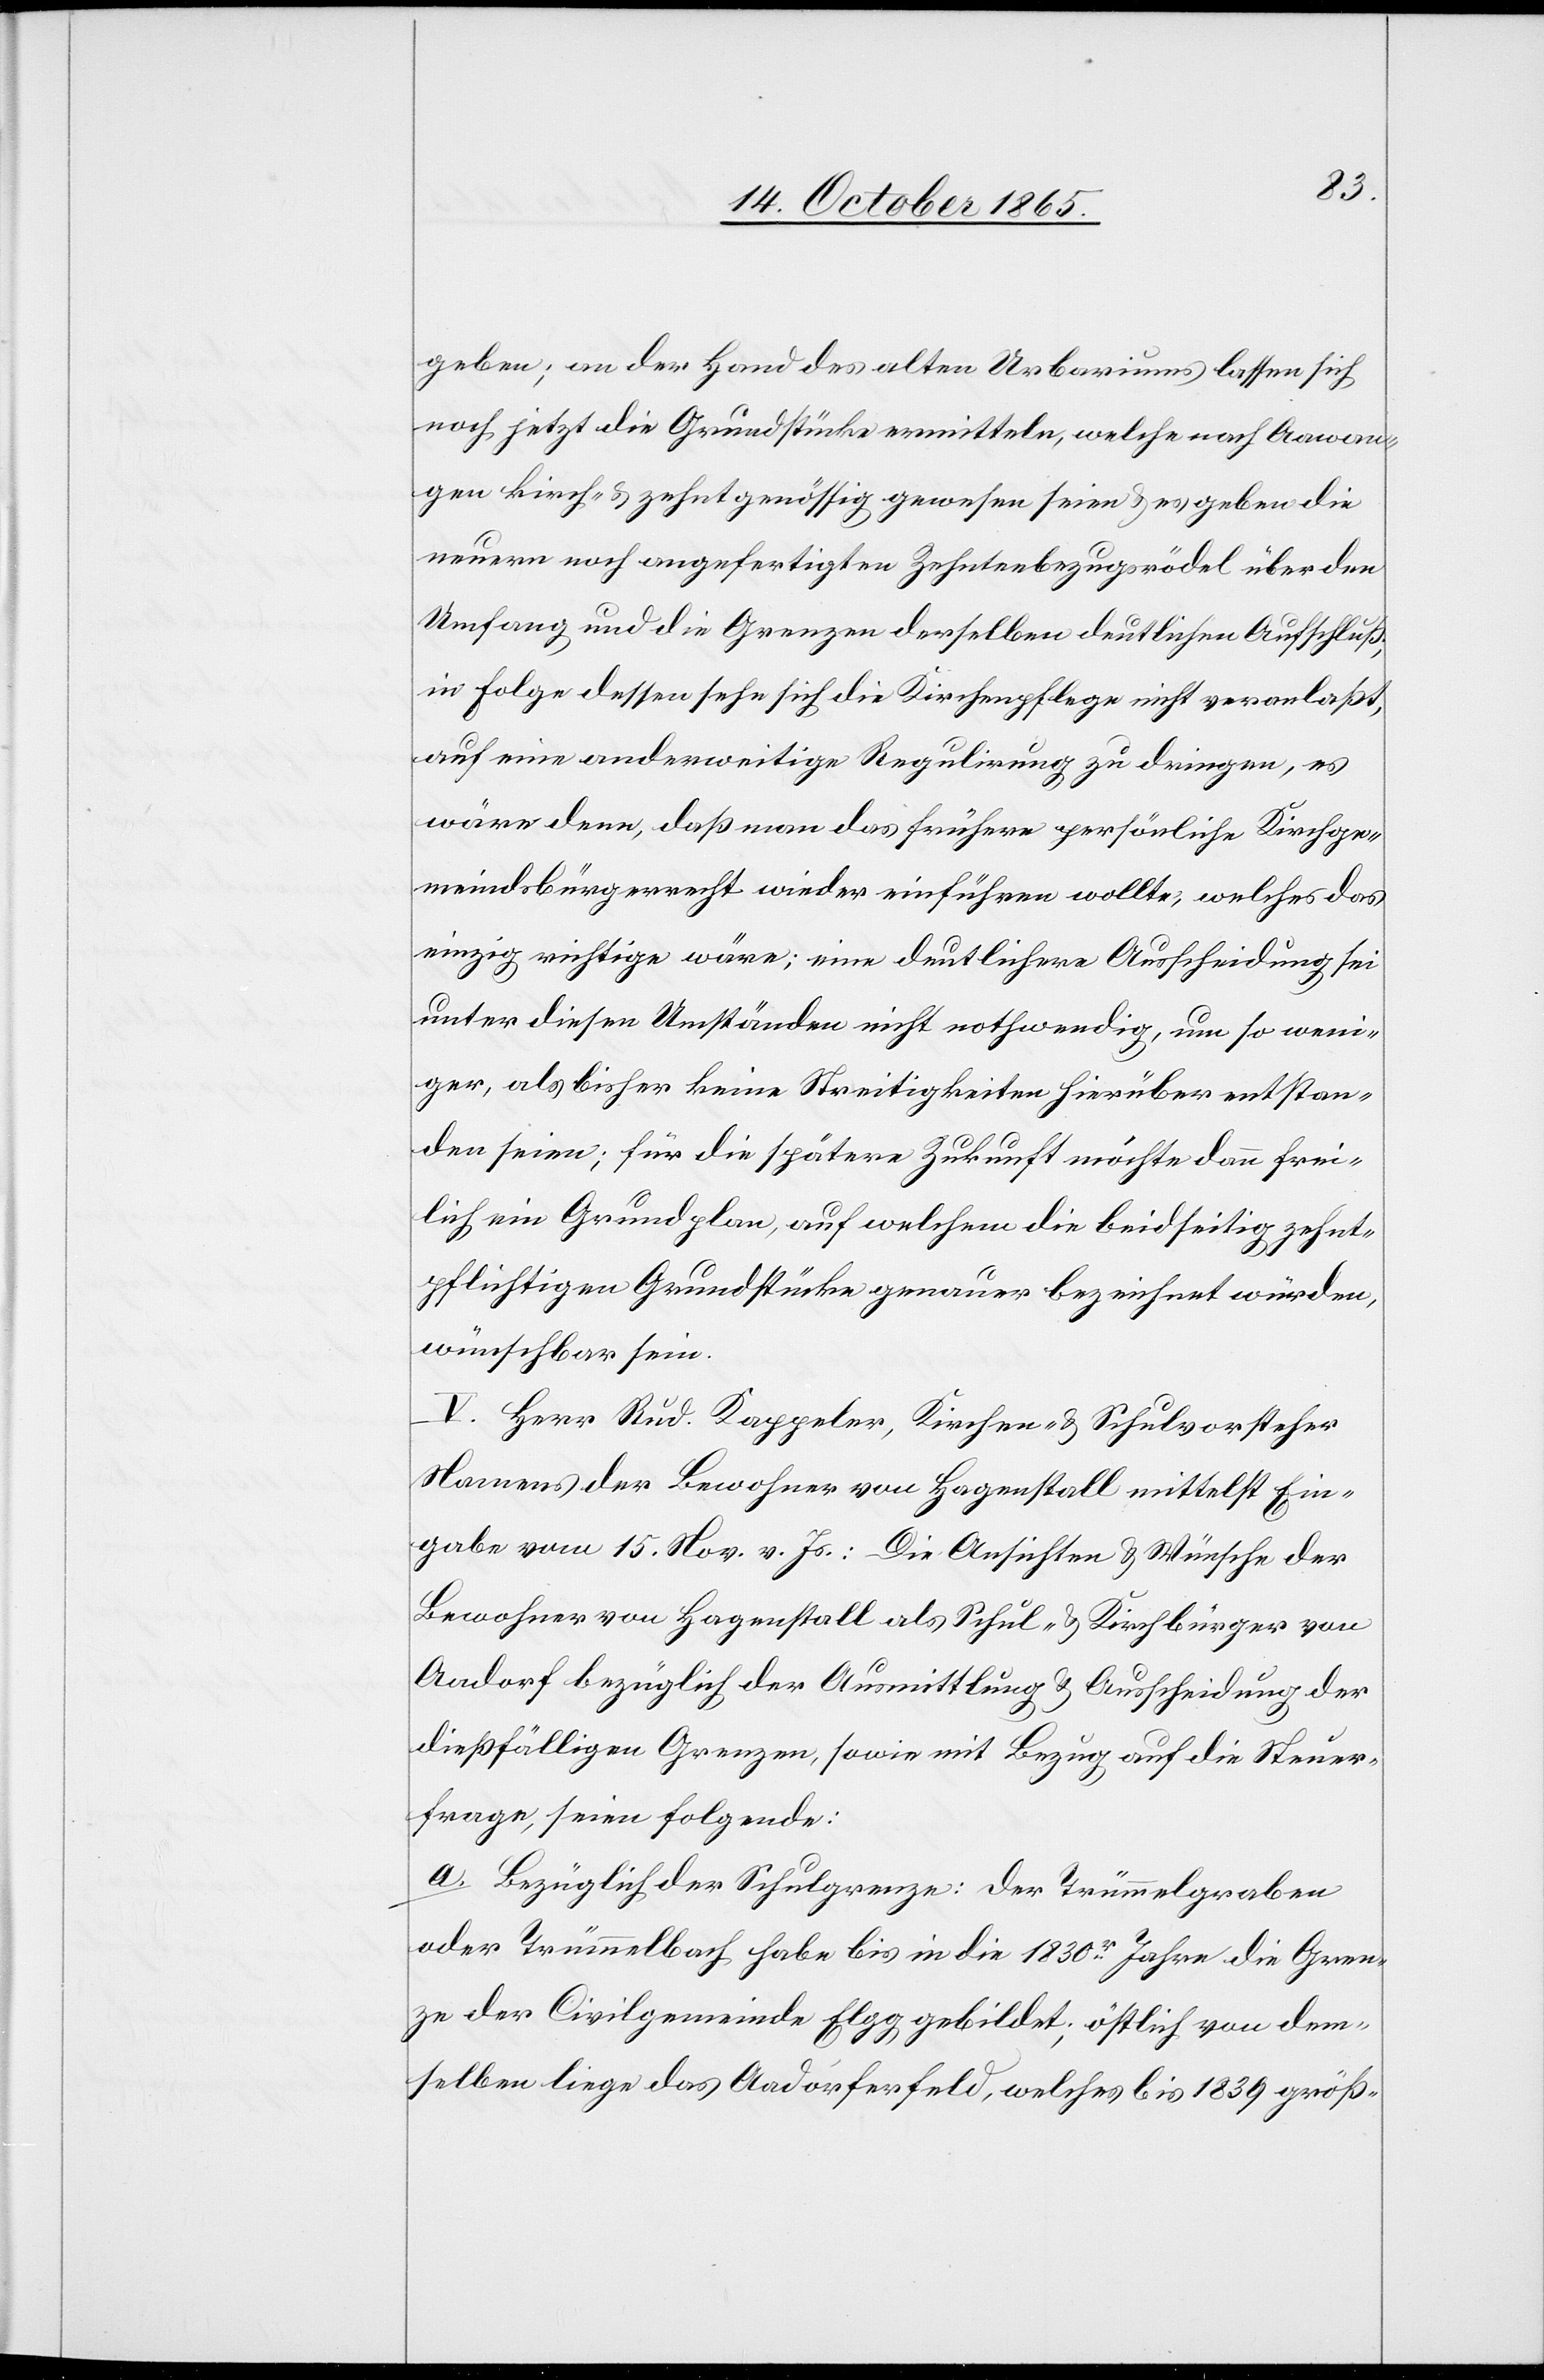
geben; an der Hand des alten Urbariums lassen sich
noch jetzt die Grundstücke ermitteln, welche nach Aawan¬
gen kirch- & zehntgenössig gewesen seien & es geben die
neuern noch angefertigten Zehntenbezugsrödel über den
Umfang und die Grenzen derselben deutlichen Aufschluß;
in Folge dessen sehe sich die Kirchenpflege nicht veranlaßt,
auf eine anderweitige Regulirung zu dringen, es
wäre denn, daß man das frühere persönliche Kirchge¬
meindsbürgerrecht wieder einführen wollte, welches das
einzig richtige wäre; eine deutlichere Ausscheidung sei
unter diesen Umständen nicht nothwendig, um so weni¬
ger, als bisher keine Streitigkeiten hierüber entstan¬
den seien; für die spätere Zukunft möchte dann frei¬
lich ein Grundplan, auf welchem die beidseitig zehnt¬
pflichtigen Grundstücke genauer bezeichnet würden,
wünschbar sein.
V. Herr Rud. Kappeler, Kirchen- & Schulvorsteher
Namens der Bewohner von Hagenstall mittelst Ein¬
gabe vom 15. Nov. v. Js.: Die Ansichten & Wünsche der
Bewohner von Hagenstall als Schul- & Kirchbürger von
Aadorf bezüglich der Ausmittlung & Ausscheidung der
dießfälligen Grenzen, sowie mit Bezug auf die Steuer¬
frage, seien folgende:
a. Bezüglich der Schulgrenze: Der Trümmelgraben
oder Trümmelbach habe bis in die 1830r Jahre die Gren¬
ze der Civilgemeinde Elgg gebildet; östlich von dem¬
selben liege das Aadorferfeld, welches bis 1839 größ-